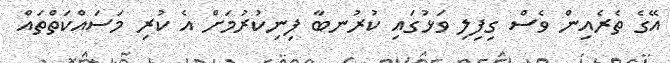
އޭގެ ތެރެއިން ވެސް ގިފިލި ވަޅުގައި ކުރުނބާ ފިނިކުރުމަށް އެ ކުރި މަސައްކަތްތައް